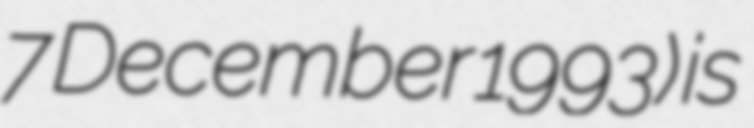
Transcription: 7 December 1993) is